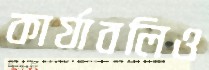
কার্যাবলিও